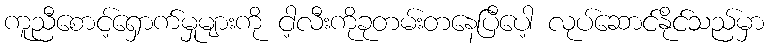
ကူညီစောင့်ရှောက်မှုများကို ငါ့လီးကိုခုတမ်းတနေပြီပေါ့ လုပ်ဆောင်နိုင်သည်မှာ